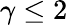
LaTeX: \gamma\leq 2